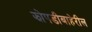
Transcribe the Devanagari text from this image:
झोपडीबाहेरील